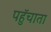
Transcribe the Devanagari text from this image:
पहुॅचाता